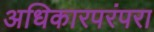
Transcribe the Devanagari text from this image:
अधिकारपरंपरा